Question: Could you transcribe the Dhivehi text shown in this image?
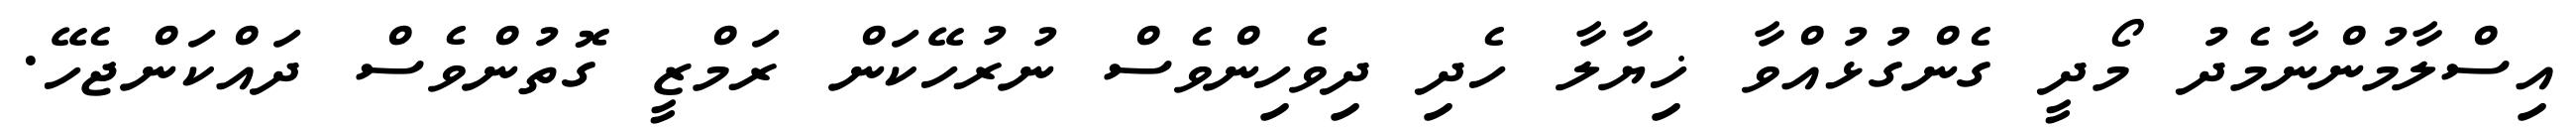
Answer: އިސްލާމުންނާމެދު މޯދީ ގެންގުޅުއްވާ ޚިޔާލާ ހެދި ދިވެހިންވެސް ނުރުހޭކަން ރަމްޒީ ގޮތުންވެސް ދައްކަންޖެހޭ.